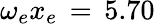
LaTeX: \omega_{e}x_{e}\, =\, 5.70